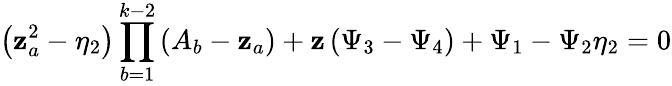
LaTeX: \left(\mathbf{z}_{a}^{2}-\eta_{2}\right)\prod_{b=1}^{k-2}\left(A_{b}-\mathbf{z}_{a}\right)+\mathbf{z}\left(\Psi_{3}-\Psi_{4}\right)+\Psi_{1}-\Psi_{2}\eta_{2}=0